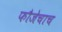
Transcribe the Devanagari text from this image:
फौजेचाच